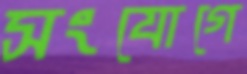
সংযোগে